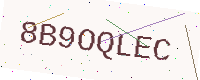
Text: 8B9OQLEC